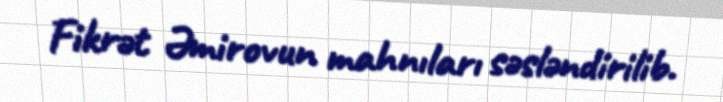
Fikrət Əmirovun mahnıları səsləndirilib.